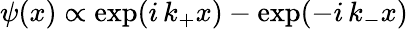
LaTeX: \psi(x)\propto\exp(i\, k_{+}x)-\exp(-i\, k_{-}x)